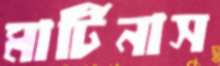
মার্টিনাস